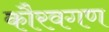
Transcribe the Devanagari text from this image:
कौरवगण